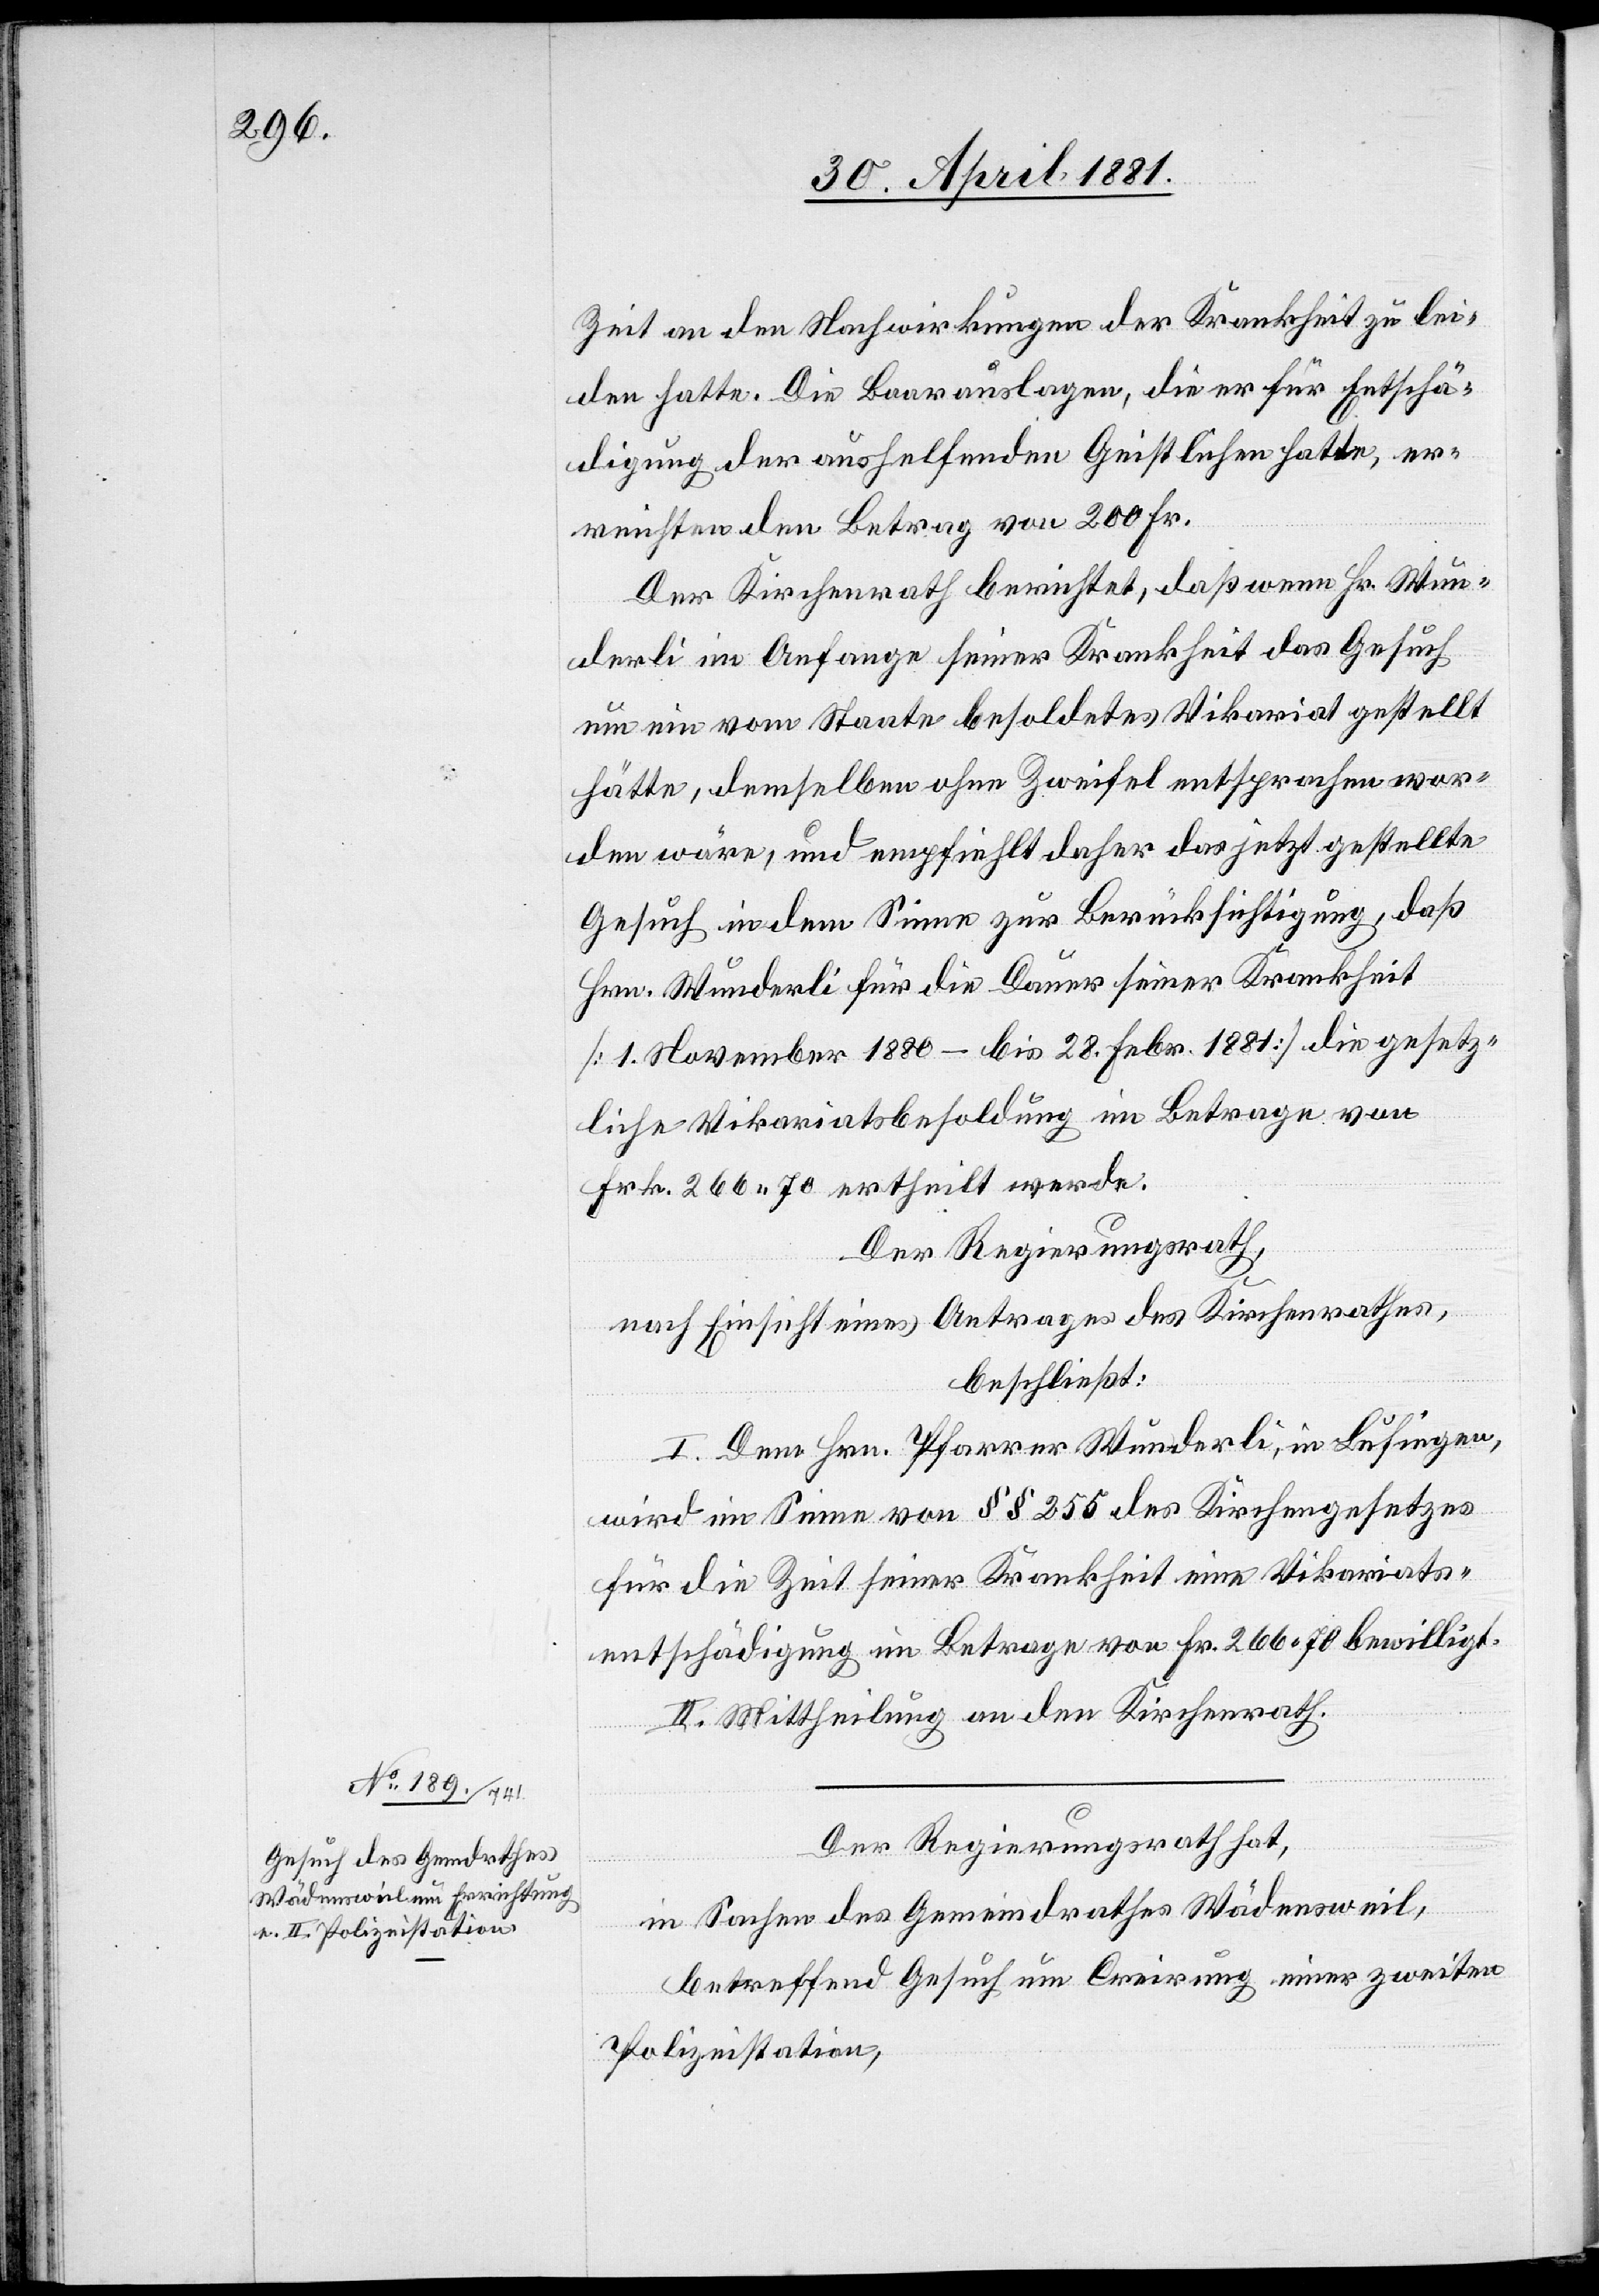
Zeit an den Nachwirkungen der Krankheit zu lei¬
den hatte. Die Baarauslagen, die er für Entschä¬
digung der aushelfenden Geistlichen hatte, er¬
reichten den Betrag von 200 Fr.
Der Kirchenrath berichtet, daß wenn Hr. Wun¬
derli im Anfange seiner Krankheit das Gesuch
um ein vom Staate besoldetes Vikariat gestellt
hätte, demselben ohne Zweifel entsprochen wor¬
den wäre, und empfiehlt daher, das jetzt gestellte
Gesuch in dem Sinne zur Berücksichtigung, daß
Hrn. Wunderli für die Dauer seiner Krankheit
[1. November 1880–bis 28. Febr. 1881] die gesetz¬
liche Vikariatsbesoldung im Betrage von
Frk. 266. 70 ertheilt werde.
Der Regierungsrath,
nach Einsicht eines Antrages des Kirchenrathes,
beschließt:
I. Dem Hrn. Pfarrer Wunderli, in Lufingen,
wird im Sinne von §§ 255 des Kirchengesetzes
für die Zeit seiner Krankheit eine Vikariats¬
entschädigung im Betrage von Fr. 266. 70 bewilligt.
II. Mittheilung an den Kirchenrath.
in Sachen des Gemeindrathes Wädensweil,
betreffend Gesuch um Creirung einer zweiten
Polizeistation,